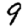
Digit: 9